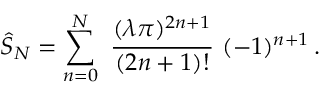
\hat { S } _ { N } = \sum _ { n = 0 } ^ { N } \ { \frac { ( \lambda \pi ) ^ { 2 n + 1 } } { ( 2 n + 1 ) ! } } \ ( - 1 ) ^ { n + 1 } \, .